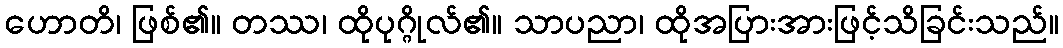
ဟောတိ၊ ဖြစ်၏။ တဿ၊ ထိုပုဂ္ဂိုလ်၏။ သာပညာ၊ ထိုအပြားအားဖြင့်သိခြင်းသည်။